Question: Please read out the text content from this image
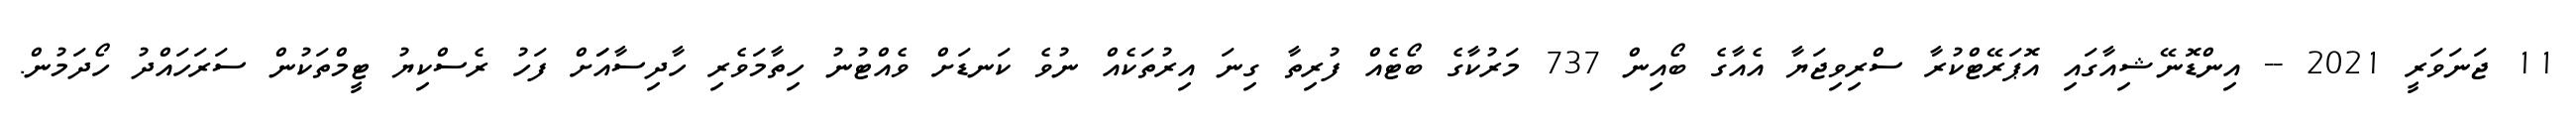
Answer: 11 ޖަނަވަރީ 2021 -- އިންޑޮނޭޝިއާގައި އޮޕަރޭޓްކުރާ ސްރިވިޖަޔާ އެއާގެ ބޯއިން 737 މަރުކާގެ ބޯޓެއް ފުރިތާ ގިނަ އިރުތަކެއް ނުވެ ކަނޑަށް ވެއްޓުނު ހިތާމަވެރި ހާދިސާއަަށް ފަހު ރެސްކިޔު ޓީމްތަކުން ސަރަހައްދު ހޯދަމުން.